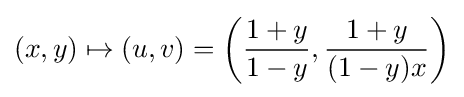
(x,y)\mapsto (u,v)=\left({\frac {1+y}{1-y}},{\frac {1+y}{(1-y)x}}\right)